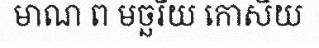
មាណ ព មច្ឆរិយ កោសិយ